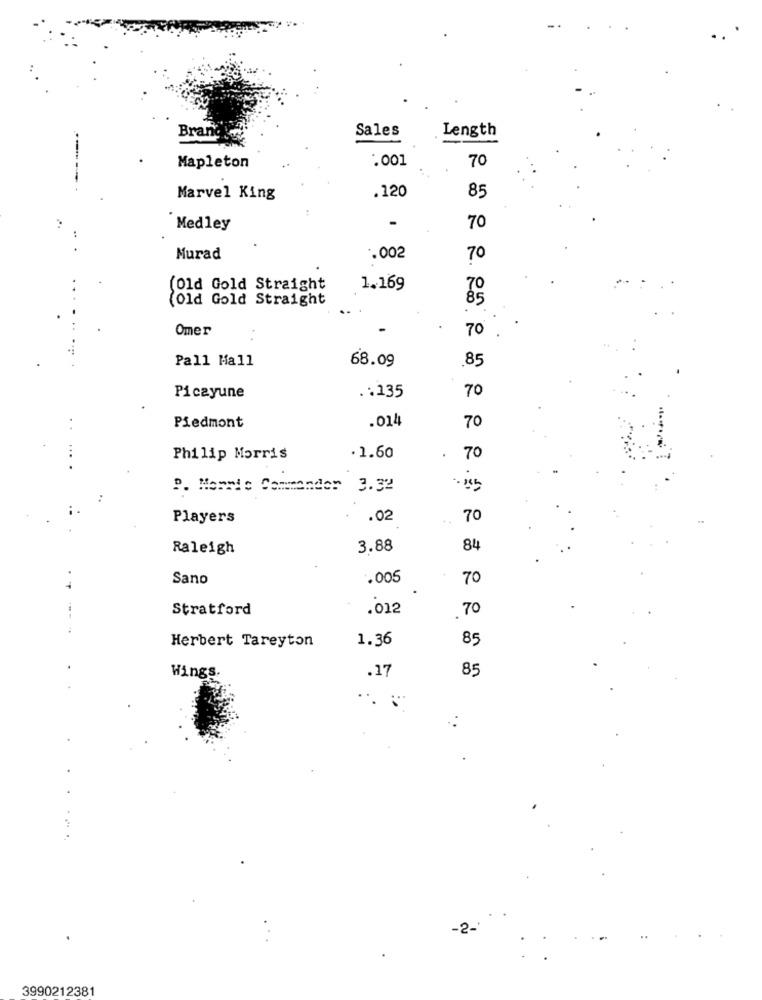
Brand
Sales
Length
.001
70
Mapleton
.120
Marvel King
85
Medley
70
Murad
.002
70
(Old Gold Straight
1.169
70
(Old Gold Straight
85
Omer
70
.
Pall Mall
68.09
.85
70
Picayune
.. 135
.014
70
Piedmont
Philip Morris
. 1.60
70
P. Morris Commander 3.32
Players
.02
70
Raleigh
3.88
84
Sano
.005
70
Stratford
.012
70
Herbert Tareyton
1.36
85
Wings.
85
.17
3990212381